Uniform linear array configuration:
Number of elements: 12
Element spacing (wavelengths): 0.75
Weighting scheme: uniform
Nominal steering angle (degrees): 30
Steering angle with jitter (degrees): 29.289
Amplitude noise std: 0.05
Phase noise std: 0.05

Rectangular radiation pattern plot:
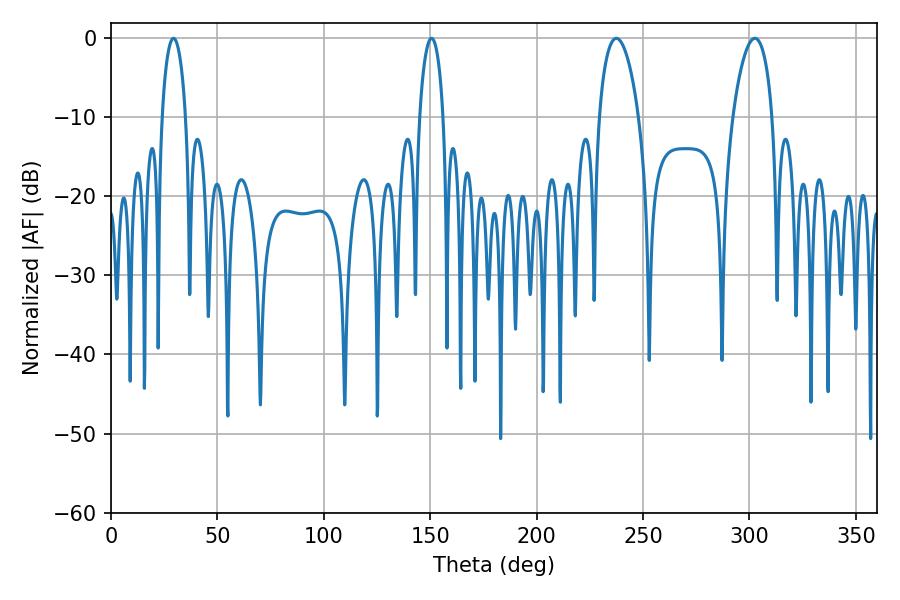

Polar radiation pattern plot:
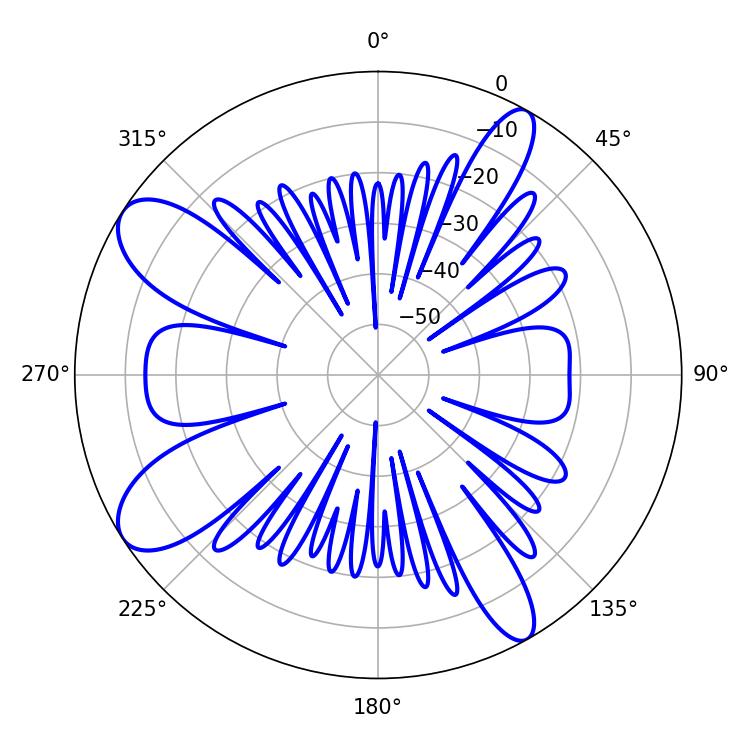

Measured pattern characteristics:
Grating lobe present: TRUE
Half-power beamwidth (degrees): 10.62
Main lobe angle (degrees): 237.42